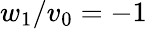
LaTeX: w_{1}/v_{0}=-1